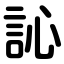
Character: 訫